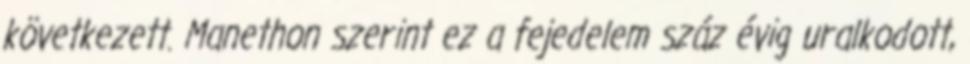
következett. Manethon szerint ez a fejedelem száz évig uralkodott,